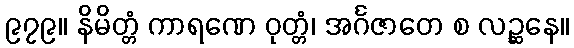
၉၇၉။ နိမိတ္တံ ကာရဏေ ဝုတ္တံ၊ အင်္ဂဇာတေ စ လဉ္ဆနေ။